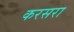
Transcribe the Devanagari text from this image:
करसरा